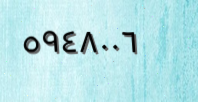
٥٩٤٨٠٠٦